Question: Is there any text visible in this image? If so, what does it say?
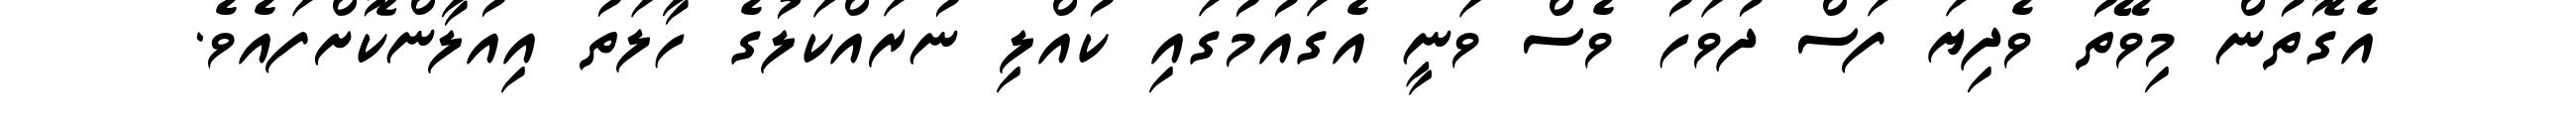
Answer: އެގޮތުން މިވޭތު ވެދިޔަ ފަސް ދުވަހު ވެސް ވަނީ އެގައުމުގައި ކުއްލި ނުރައްކަލުގެ ހާލަތު އިއުލާންކޮށްފައެވެ.